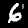
Digit: 6